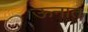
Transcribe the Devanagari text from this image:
ऊनात